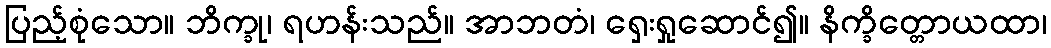
ပြည့်စုံသော။ ဘိက္ခု၊ ရဟန်းသည်။ အာဘတံ၊ ရှေးရှုဆောင်၍။ နိက္ခိတ္တောယထာ၊